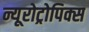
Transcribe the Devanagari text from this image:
न्यूरोट्रोपिक्स